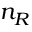
n _ { R }